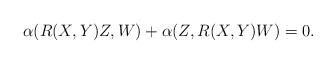
\begin{align*}\alpha(R(X,Y)Z,W)+\alpha(Z,R(X,Y)W)=0.\end{align*}